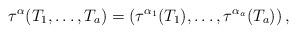
LaTeX: \begin{align*}\tau^{\alpha}(T_1,\dots,T_a) = \left(\tau^{\alpha_1}(T_1),\dots,\tau^{\alpha_a}(T_a)\right),\end{align*}